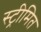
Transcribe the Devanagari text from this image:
स्ट्रीमित